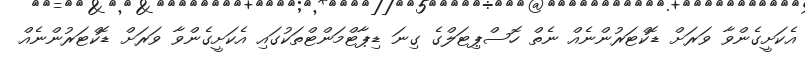
އެކަށީގެންވާ ވަރަށް ޑޮކްޓަރުންނެއް ނެތް ހޮސްޕިޓަލްގެ ގިނަ ޑިޕާޓްމަންޓްތަކުގައި އެކަށީގެންވާ ވަރަށް ޑޮކްޓަރުންނެއް